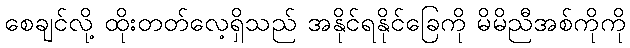
စေချင်လို့ ထိုးတတ်လေ့ရှိသည် အနိုင်ရနိုင်ခြေကို မိမိညီအစ်ကိုကို